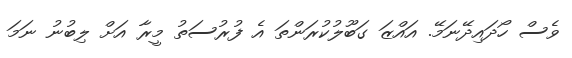
ވެސް ހޯދައިދޭނަމޭ. އައްޒަ ގަބޫލުކުރަންތަ އެ ފުރުސަތު މީރާ އަށް ލިބުނު ނަމަ